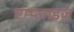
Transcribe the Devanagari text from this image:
एम्प्लाइज़